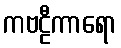
ကဗဠီကာရော